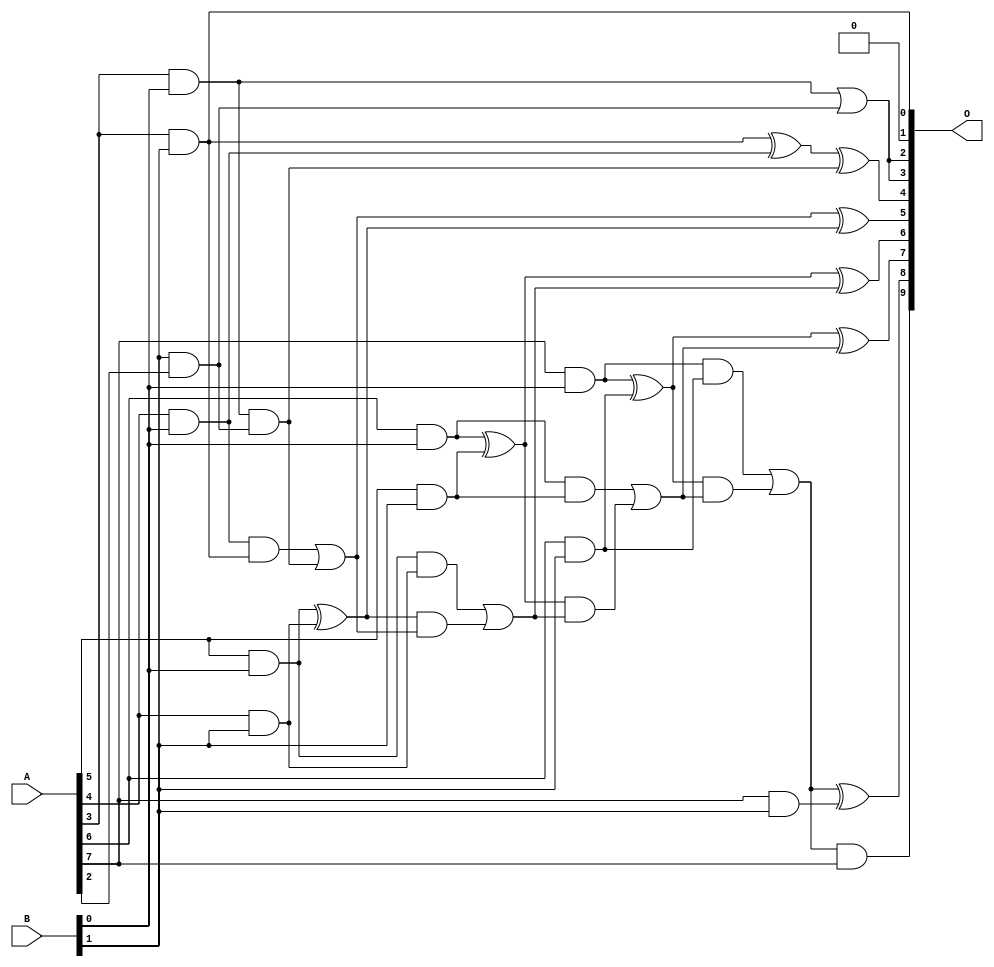
/***
* This code is a part of EvoApproxLib library (ehw.fit.vutbr.cz/approxlib) distributed under The MIT License.
* When used, please cite the following article(s): V. Mrazek, L. Sekanina, Z. Vasicek "Libraries of Approximate Circuits: Automated Design and Application in CNN Accelerators" IEEE Journal on Emerging and Selected Topics in Circuits and Systems, Vol 10, No 4, 2020 
* This file contains a circuit from a sub-set of pareto optimal circuits with respect to the pwr and wce parameters
***/
// MAE% = 0.23 %
// MAE = 2.3 
// WCE% = 0.88 %
// WCE = 9.0 
// WCRE% = 100.00 %
// EP% = 64.06 %
// MRE% = 4.34 %
// MSE = 12 
// PDK45_PWR = 0.022 mW
// PDK45_AREA = 83.1 um2
// PDK45_DELAY = 0.47 ns

module mul8x2u_0FS (
    A,
    B,
    O
);

input [7:0] A;
input [1:0] B;
output [9:0] O;

wire sig_11,sig_12,sig_13,sig_14,sig_16,sig_17,sig_18,sig_21,sig_22,sig_23,sig_24,sig_26,sig_27,sig_31,sig_33,sig_34,sig_36,sig_39,sig_42,sig_43;
wire sig_44,sig_45,sig_47,sig_48,sig_49,sig_50,sig_51,sig_52,sig_53,sig_55,sig_56,sig_57,sig_58,sig_59;

assign sig_11 = A[5] & B[0];
assign sig_12 = A[4] & B[1];
assign sig_13 = A[3] & B[0];
assign sig_14 = A[4] & B[0];
assign sig_16 = A[6] & B[0];
assign sig_17 = A[7] & B[0];
assign sig_18 = A[7] & B[1];
assign sig_21 = A[3] & B[1];
assign sig_22 = sig_21 ^ sig_14;
assign sig_23 = A[5] & B[1];
assign sig_24 = A[6] & B[1];
assign sig_26 = B[1] & A[2];
assign sig_27 = sig_14 & sig_21;
assign sig_31 = sig_17 & sig_24;
assign sig_33 = sig_13 | sig_26;
assign sig_34 = sig_13 & sig_26;
assign sig_36 = sig_11 & sig_12;
assign sig_39 = sig_22 ^ sig_34;
assign sig_42 = sig_27 | sig_34;
assign sig_43 = sig_11 ^ sig_12;
assign sig_44 = sig_42 ^ sig_43;
assign sig_45 = sig_43 & sig_42;
assign sig_47 = sig_36 | sig_45;
assign sig_48 = sig_16 ^ sig_23;
assign sig_49 = sig_16 & sig_23;
assign sig_50 = sig_48 & sig_47;
assign sig_51 = sig_48 ^ sig_47;
assign sig_52 = sig_49 | sig_50;
assign sig_53 = sig_17 ^ sig_24;
assign sig_55 = sig_53 & sig_52;
assign sig_56 = sig_53 ^ sig_52;
assign sig_57 = sig_31 | sig_55;
assign sig_58 = sig_57 & A[7];
assign sig_59 = sig_57 ^ sig_18;

assign O[9] = sig_58;
assign O[8] = sig_59;
assign O[7] = sig_56;
assign O[6] = sig_51;
assign O[5] = sig_44;
assign O[4] = sig_39;
assign O[3] = sig_33;
assign O[2] = sig_33;
assign O[1] = 1'b0;
assign O[0] = sig_21;

endmodule